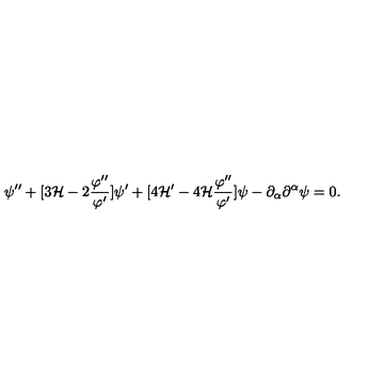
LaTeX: \psi ^ { \prime \prime } + [ 3 { \cal H } - 2 \frac { \varphi ^ { \prime \prime } } { \varphi ^ { \prime } } ] \psi ^ { \prime } + [ 4 { \cal H } ^ { \prime } - 4 { \cal H } \frac { \varphi ^ { \prime \prime } } { \varphi ^ { \prime } } ] \psi - \partial _ { \alpha } \partial ^ { \alpha } \psi = 0 .